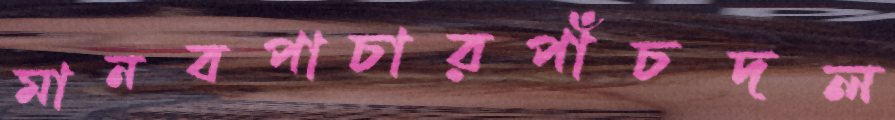
মানবপাচারপাঁচদল